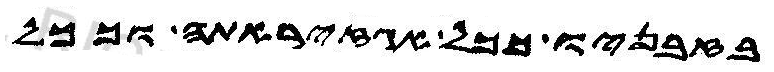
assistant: בזבניו ככל אגזיראתה וככל